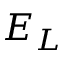
E _ { L }